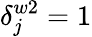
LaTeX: \delta_{j}^{w2}=1